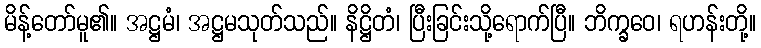
မိန့်တော်မူ၏။ အဋ္ဌမံ၊ အဋ္ဌမသုတ်သည်။ နိဋ္ဌိတံ၊ ပြီးခြင်းသို့ရောက်ပြီ။ ဘိက္ခဝေ၊ ရဟန်းတို့။